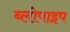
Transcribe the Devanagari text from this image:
ब्लोपाइप